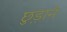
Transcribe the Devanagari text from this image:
छु़ड़ाने